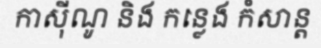
កាស៊ីណូ និង កន្លេង កំសាន្ត